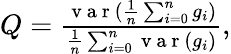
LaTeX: \begin{array}{r}{Q=\frac{\mathrm{~v~a~r~}(\frac{1}{n}\sum_{i=0}^{n}g_{i})}{\frac{1}{n}\sum_{i=0}^{n}\mathrm{~v~a~r~}(g_{i})},}\end{array}